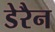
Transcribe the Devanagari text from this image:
डेरैन